Annual report on the working of the mental hospitals in the Madras Presidency - 1912-1932
Year: 1912
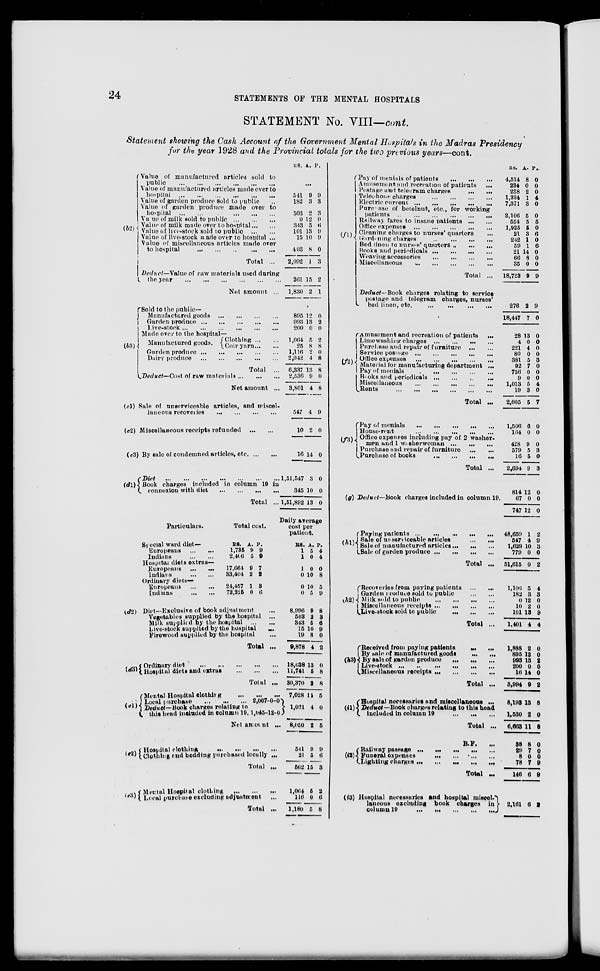
24
STATEMENTS OF THE MENTAL HOSPITALS
STATEMENT No. VIII—cont.
Statement showing the Cash Account of the Government Mental Hospitals in the Madras Presidency
for the year 1928 and the Provincial totals for the two previous years—cont.
(b2)
Value of manufactured articles sold to
public
...
...
...
...
...
...
Value of manufactured articles made over to
hospital
...
...
...
...
...
...
Value of garden produce sold to public
Value of garden produce made over to
hospital
...
...
...
...
...
...
Value of milk sold to public
...
...
...
Value of milk made over to hospital...
...
Value of livestock sold to public
...
...
Value of live-stock made over to hospital ...
Value of miscellaneous articles made over
to hospital
...
...
...
...
...
...
Total ...
Deduct—Value of raw materials used during
the year
...
...
...
...
...
...
Net amount ...
RS. A. P.
541
182
503
0
343
101
15
403
2,092
261
1,830
9
3
3
12
5
13
10
8
1
15
2
9
3
3
0
6
9
9
0
3
2
1
(b3)
Sold to the public—
Manufactured
goods...
...
...
...
Garden produce
...
...
...
...
Live-stock
...
...
...
...
...
...
Made over to the hospital—
Manufactured goods.
Clothing...
...
Coir yarn... ...
Garden produce ...
...
...
...
Dairy produce
...
...
...
...
...
Total ...
Deduct—Cost of raw
materials...
...
...
Net amount ...
895
993
200
1,064
25
1,116
2,042
6,337
2,536
3,801
12
13
0
5
8
2
4
13
9
4
0
2
0
2
8
0
8
8
0
8
(c1) Sale of unserviceable articles, and miscel-
laneous
recoveries...
...
...
...
(c2) Miscellaneous receipts refunded
...
...
(c3) By sale of condemned articles, etc
...
...
517
10
16
4
2
14
9
0
0
(d1)
Diet
...
...
...
...
...
...
Book charges included in column 19 in
connexion with diet
...
...
...
...
Total ...
Particulars.
(d2)
(d3)
Special ward diet—
Europeans
...
..
Indians
...
...
Hospital diets extras—
Europeans
...
...
Indians
...
...
Ordinary diets—
Europeans
...
...
Indians
...
...
Total cost.
RS.
1,735
2,406
17,664
33,404
24,457
72,225
A.
9
5
9
2
1
0
P.
9
9
7
2
3
6
Diet—Exclusive of book adjustment
Vegetables supplied by the hospital ...
Milk supplied by the hospital
...
...
Live-stock supplied by the hospital
...
Firewood supplied by the hospital ...
Total ...
Ordinary diet
...
...
...
...
...
...
Hospital diet and extras
...
...
...
Total ...
1,51,547
345
1,51,892
3
10
13
0
0
0
Daily average
cost per
patient.
RS.
1
1
1
0
0
0
8,996
503
343
15
19
9,878
18,628
11,741
30,370
A.
5
0
0
10
10
5
9
2
5
10
8
4
13
5
2
P.
4
4
0
8
5
9
8
3
6
9
0
2
0
8
8
(e1)
Mental Hospital clothing
...
...
...
Local purchase
...
...
2,067-0-0
Deduct—Book charges relating to
this head included in column 19. 1,045-12-0
Net amount ...
(e2)
Hospital clothing
...
...
...
...
Clothing and bedding purchased locally ...
Total ...
(e3)
Mental Hospital clothing
...
...
Local purchase excluding adjustment
...
Total ...
7,028
1,021
8,050
541
21
562
1,064
116
1,180
11
4
2
9
5
15
5
0
5
5
0
5
9
6
3
2
6
8
(f2)
Pay of mentals of patients
...
...
...
Amusement and recreation of patients
Postage and telegram
charges
...
...
Telephone charges
...
...
...
...
Electric
current...
...
...
...
Purchase of betelnut, etc., for working
patients ... ... ... ...
Railway fares to insane patients
...
...
Office expenses
...
...
...
...
Cleaning charges to nurses' quarters ...
Gardening charges
...
...
...
...
Bed linen to nurses' quarters
...
...
Books and
periodicals...
...
Weaving accessories
...
...
Miscellaneous
...
...
Total ...
Deduct— Book charges relating to service
postage and telegram charges, nurses'
bed linen, etc.
...
...
...
...
Amusement and recreation of patients
...
Limewashing charges... ... ... ...
Purchase and repair of furniture
...
...
Service
postage...
...
...
...
Office expenses
...
...
...
...
Material for manufacturing department ...
Pay of menials
...
...
...
...
Books and
periodicals...
...
...
...
Miscellaneous ... ... ... ... ...
Rents
...
...
...
...
...
...
Total ...
(f3)
Pay of menials
...
...
...
...
House-rent ... ... ... ... ...
Office expenses including pay of 2 washer¬
men and 1
washerwoman...
...
...
Purchase and repair of furniture
...
...
Purchase of books
...
...
...
...
Total ...
(g)
(h1)
Deduct—Book charges included in column 19
Paying
patients...
...
...
...
...
Sale of unserviceable articles
...
...
Sale of manufactured
articles...
...
...
Sale of garden
produce...
...
...
Total ...
(h2)
Recoveries from paying patients
...
Garden produce sold to public
...
...
Milk sold to public
...
...
...
...
Miscellaneous
receipts...
...
...
...
Live-stock sold to public
...
...
...
...
Total ...
(A3
Received from paying patients ... ...
By sale of manufactured goods
...
...
By sale of garden produce
...
...
...
Live-stock...
...
...
...
Miscellaneous receipts ...
...
...
...
Total ...
(i1)
Hospital necessaries and miscellaneous ...
Deduct—Book charges relating to this head
included in column 19
...
...
...
Total ...
(i2)
B.F.
...
Railway passage...
...
...
...
Funeral
expenses ... ... ... ...
Lighting charges
...
...
...
...
Total „.
(i3) Hospital necessaries and hospital
micel¬
laneous excluding book charges in
column 19
... ... ... ... ...
RS.
4,514
234
238
1,334
7,371
2,106
554
1,925
21
242
59
21
66
35
18,723
276
18,447
28
4
221
80
381
92
756
9
1,013
19
2,605
1,506
164
428
579
16
2,694
814
67
747
48,659
547
1,629
779
51,615
1,106
182
0
10
101
1,401
l,888
895
993
200
16
3,994
8,193
1,530
6,663
38
29
8
78
146
2,161
A.
8
0
2
1
3
5
5
5
3
1
1
14
8
0
9
2
7
13
0
4
0
5
7
0
0
5
3
5
6
0
9
5
5
9
12
0
12
1
4
10
0
0
5
3
12
2
13
4
2
12
13
0
14
9
13
2
11
8
7
0
7
6
6
P.
0
0
0
4
0
0
5
0
6
0
6
0
0
0
9
9
0
0
0
0
0
3
0
0
0
4
0
7
0
0
0
3
0
3
0
0
0
2
9
3
0
2
4
3
0
0
9
4
0
0
2
0
0
2
8
0
8
0
0 0
9
9
2